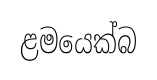
ළමයෙක්බ